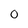
Character: 0